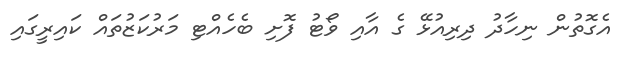
އެގޮތުން ނިހާދު ދިރިއުޅޭ ގެ އާއި ވޯޓު ފޮށި ބެހެއްޓި މަރުކަޒުތައް ކައިރީގައި